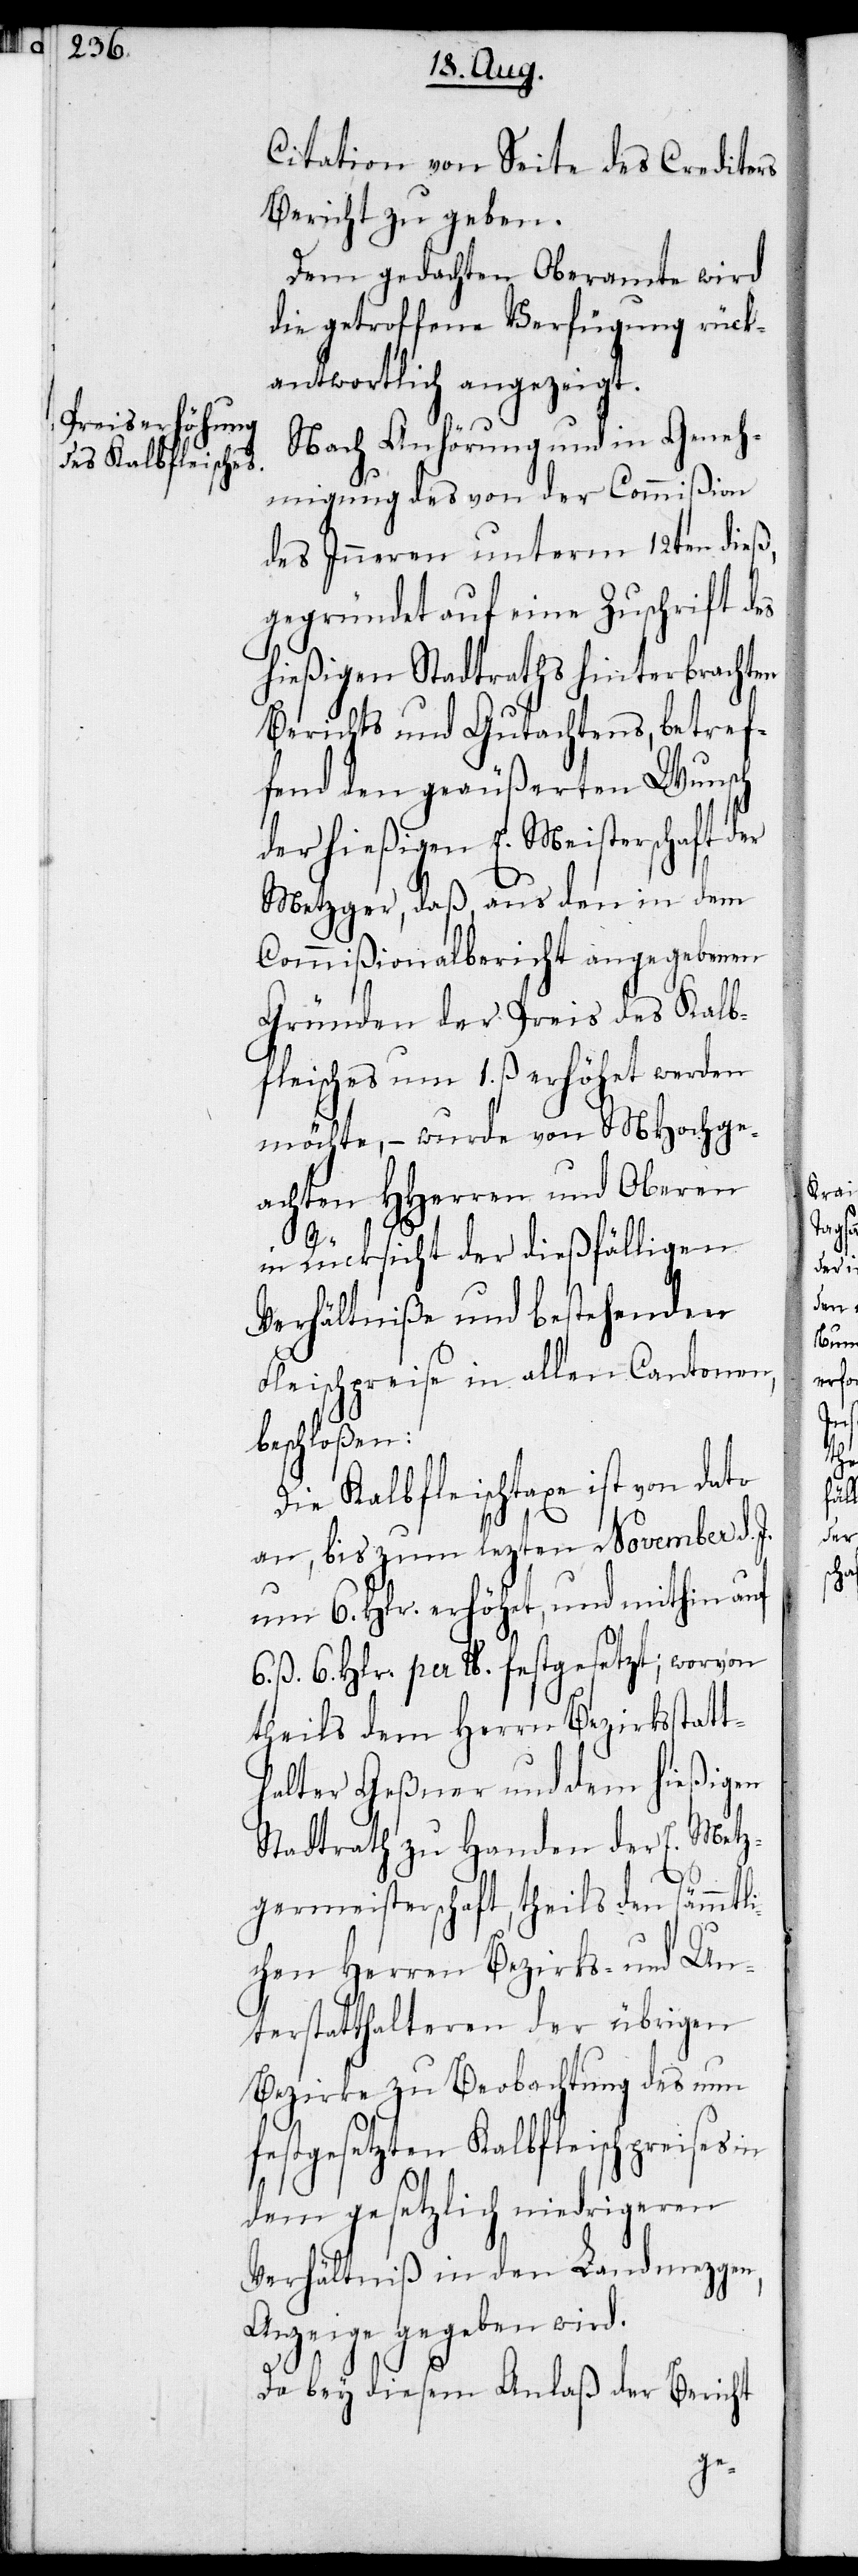
Citation von Seite des Creditors
Bericht zu geben.
Dem gedachten Oberamte wird
die getroffene Verfügung rück¬
antwortlich angezeigt.
Nach Anhörung und in Geneh¬
migung des von der Commißion
des Inneren unterm 12ten dieß,
gegründet auf eine Zuschrift des
hießigen Stadtraths hinterbrachten
Berichts und Gutachtens, betref¬
fend den geäußerten Wunsch
der hießigen E. Meisterschaft der
Metzger, daß, aus den in dem
Commißionalbericht angegebenen
Gründen der Preis des Kalb¬
fleisches um 1. ß. erhöhet werden
möchte, – wurde von MHochge¬
achten HHerren und Oberen
in Rücksicht der dießfälligen
Verhältniße und bestehenden
Fleischpreise in allen Cantonen,
beschloßen:
Die Kalbfleischtaxe ist von dato
an, bis zum lezten November d.
um 6. Hlr. erhöhet, und mithin auf
6. ß. 6. Hlr. per lb. festgesetzt; worvon
theils dem Herrn Bezirksstatt¬
halter Geßner und dem hießigen
Stadtrath zu Handen der E. Metz¬
germeisterschaft, theils den sämmtli¬
chen Herren Bezirks- und Un¬
terstatthalteren der übrigen
Bezirke zu Beobachtung des nun
festgesetzten Kalbfleischpreises
dem gesetzlich niedrigeren
Verhältniß in den Landmezgen,
Anzeige gegeben wird.
Da bey diesem Anlaß der Bericht